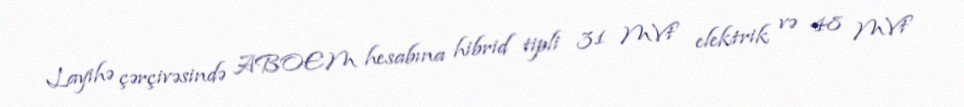
Layihə çərçivəsində ABOEM hesabına hibrid tipli 31 MVt elektrik və 48 MVt